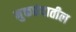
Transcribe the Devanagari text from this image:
मुक्तछंदातील